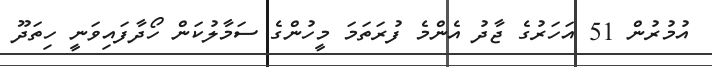
އުމުރުން 51 އަހަރުގެ ޖާދު އެންމެ ފުރަތަމަ މީހުންގެ ސަމާލުކަން ހޯދާފައިވަނީ ހިތަދޫ